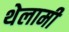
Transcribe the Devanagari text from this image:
थेलामी